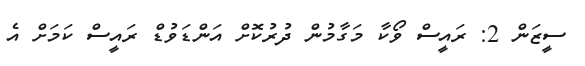
ސީޒަން 2: ރައީސް ވޯކާ މަގާމުން ދުރުކޮށް އަންޑަވުޑް ރައީސް ކަމަށް އެ